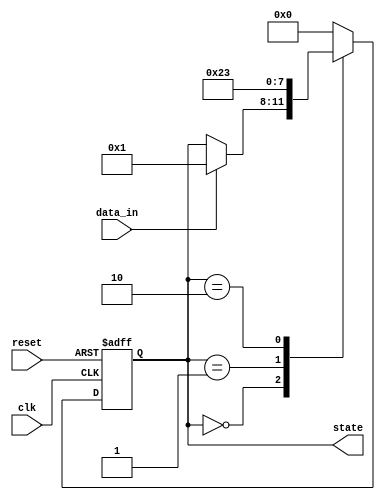
module falling_edge_trigger (
    input wire clk,          // Clock signal
    input wire reset,        // Asynchronous reset signal
    input wire data_in,      // Input data signal
    output reg [3:0] state   // 4-bit state register
);

    // Initial state
    initial begin
        state = 4'b0000; // Initialize state to 0
    end

    // Always block triggered on the negative edge of clk
    always @(negedge clk or posedge reset) begin
        if (reset) begin
            // Asynchronous reset
            state <= 4'b0000; // Reset state to 0
        end else begin
            // State update logic
            case (state)
                4'b0000: begin
                    if (data_in) begin
                        state <= 4'b0001; // Transition to state 1
                    end
                end
                4'b0001: begin
                    state <= 4'b0010; // Transition to state 2
                end
                4'b0010: begin
                    state <= 4'b0011; // Transition to state 3
                end
                4'b0011: begin
                    state <= 4'b0000; // Back to state 0
                end
                default: begin
                    state <= 4'b0000; // Default case to avoid latches
                end
            endcase
        end
    end

endmodule